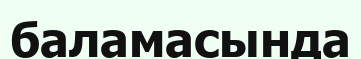
баламасында